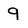
Character: 9